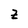
Character: Z